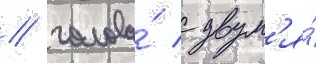
/ голова́ с двум'я́